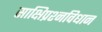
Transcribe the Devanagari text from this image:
साक्षिप्रश्नविधान